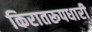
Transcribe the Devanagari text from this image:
किरातरूपधारी